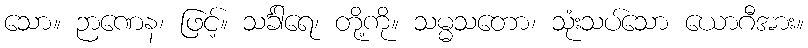
သော။ ဉာဏေန၊ ဖြင့်။ သင်္ခါရေ၊ တို့ကို။ သမ္မသတော၊ သုံးသပ်သော ယောဂီအား။